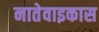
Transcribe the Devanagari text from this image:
नातेवाइकास